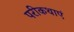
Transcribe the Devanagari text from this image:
परीकथाएं